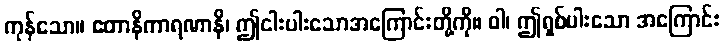
ကုန်သော။ ဧတာနိကာရဏာနိ၊ ဤငါးပါးသောအကြောင်းတို့ကို။ ဝါ၊ ဤရှစ်ပါးသော အကြောင်း